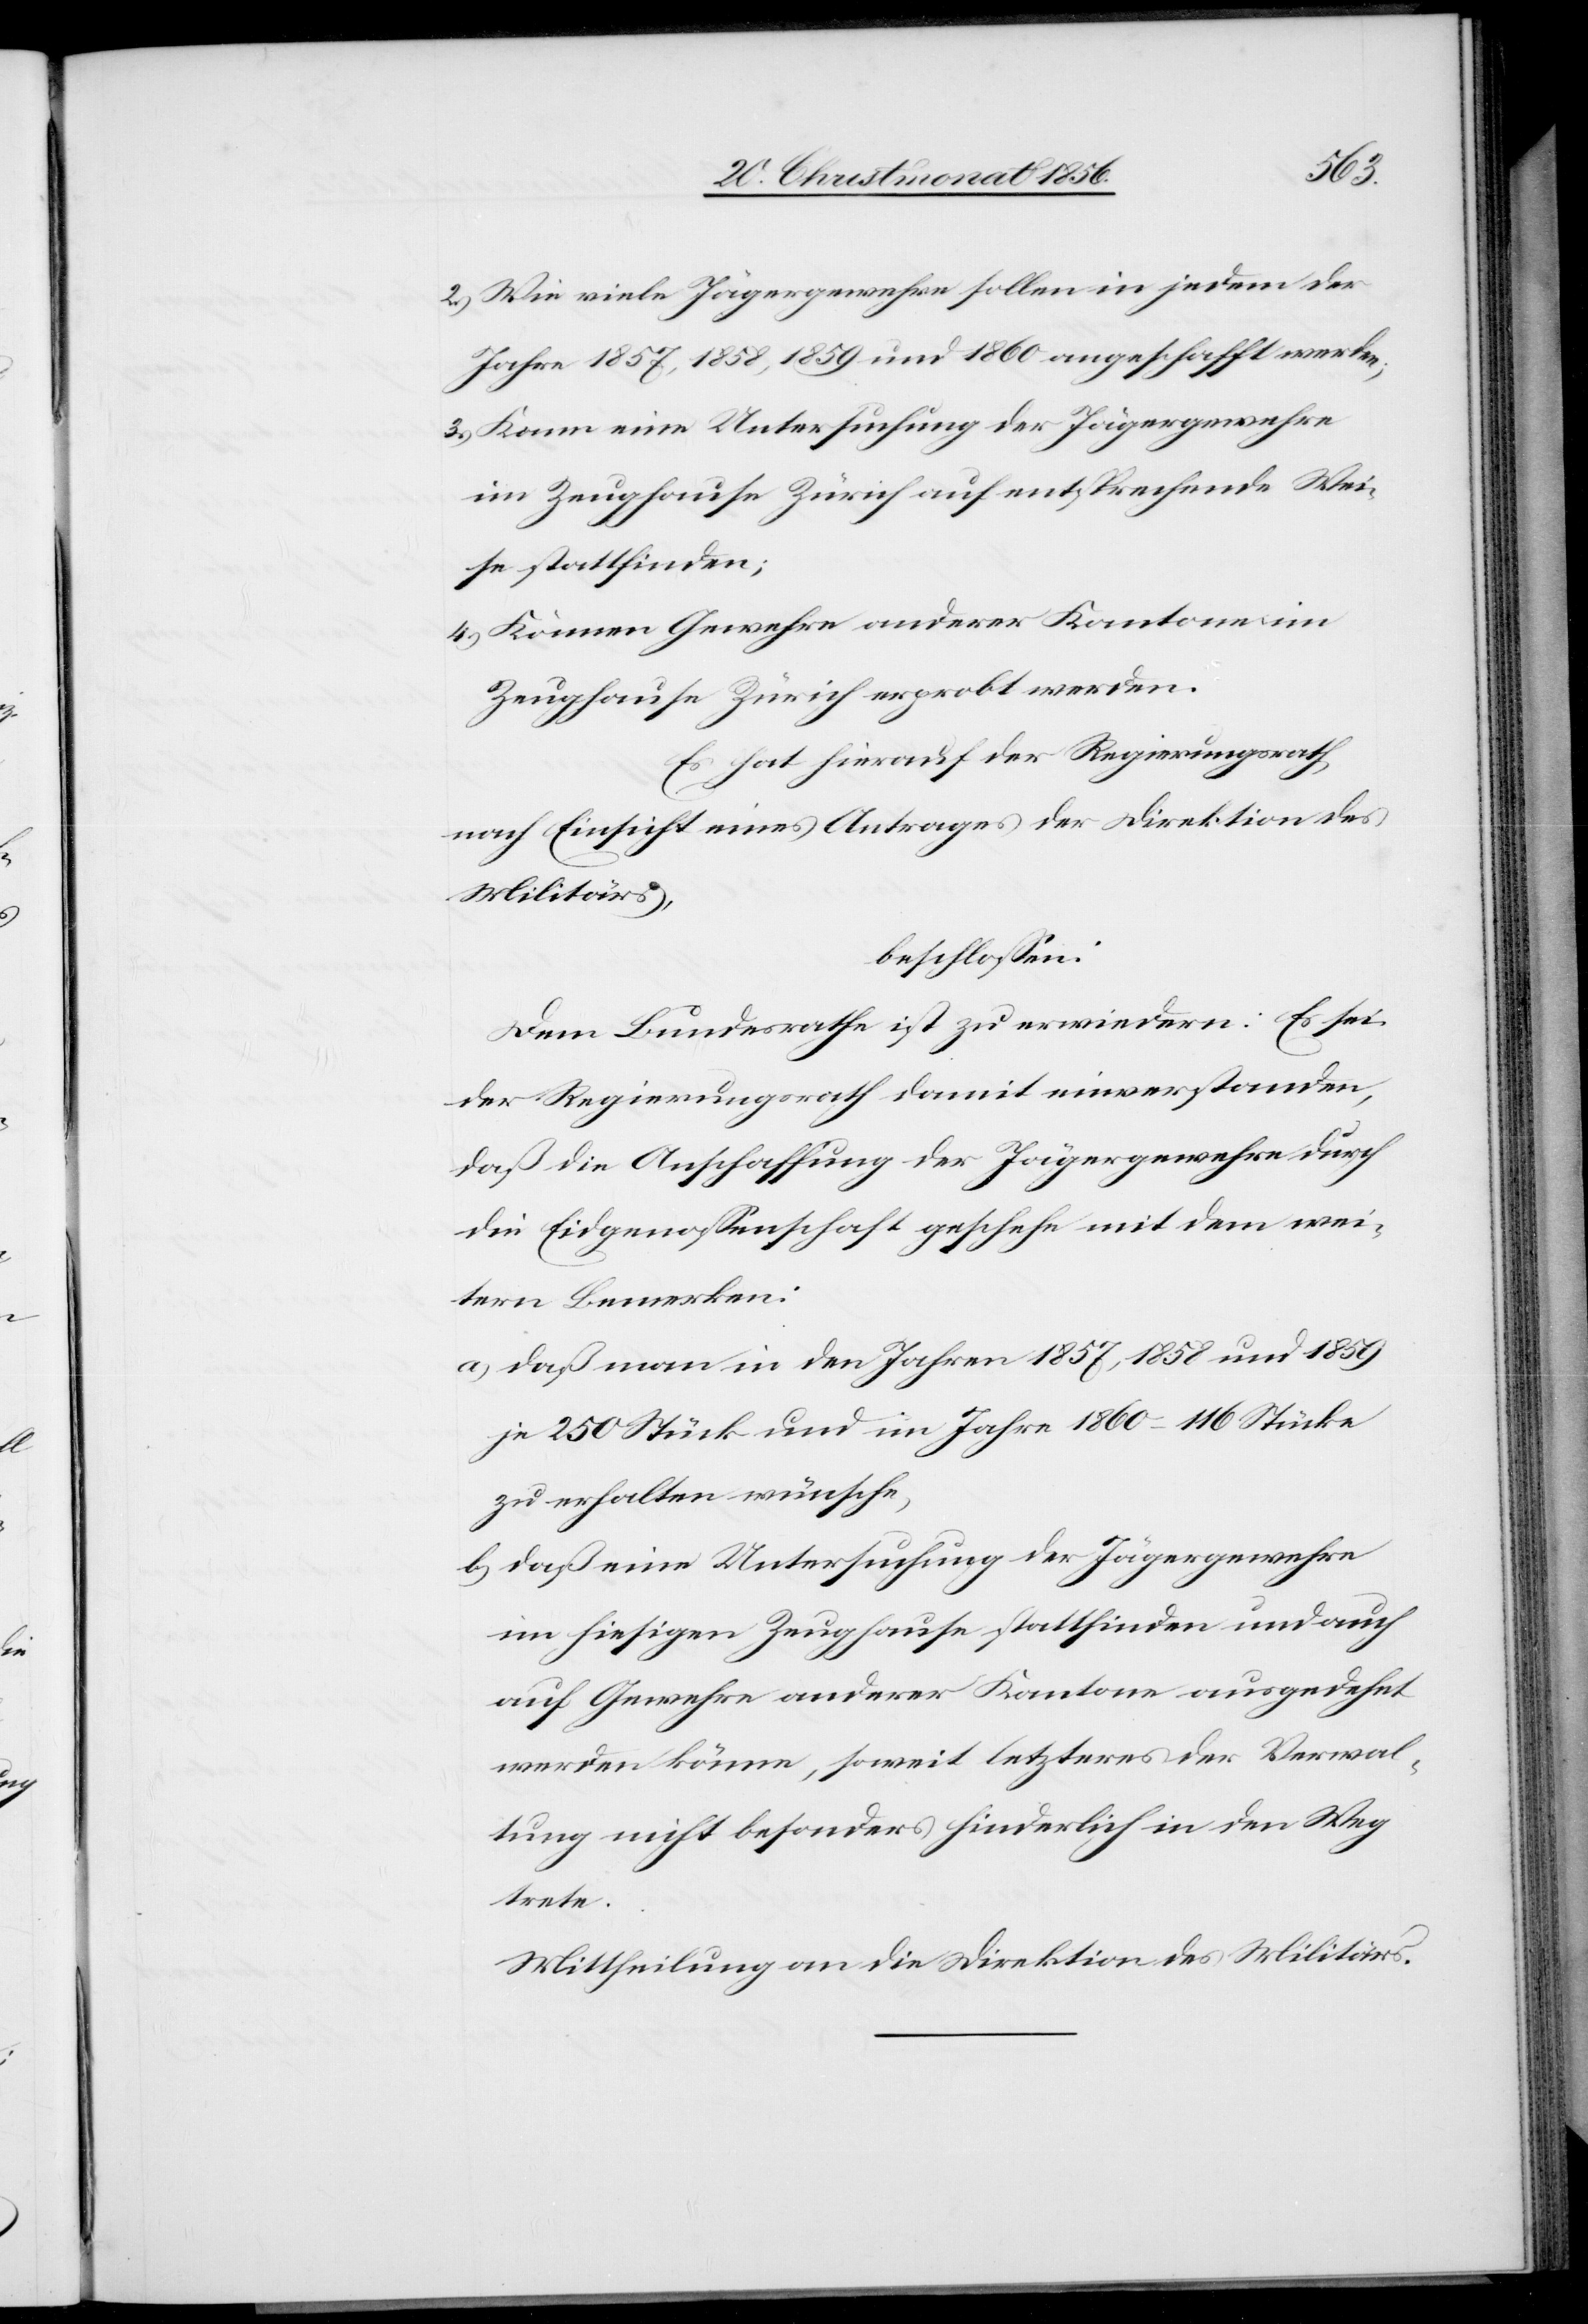
2.) Wie viele Jägergewehre sollen in jedem der
Jahre 1857, 1858, 1859 und 1860 angeschafft werden;
3.) Kann eine Untersuchung der Jägergewehre
im Zeughause Zürich auf entsprechende Wei¬
se stattfinden;
4.) Können Gewehre anderer Kantone im
Zeughause Zürich erprobt werden.
Es hat hierauf der Regierungsrath,
nach Einsicht eines Antrages der Direktion des
Militärs,
beschlossen:
Dem Bundesrathe ist zu erwiedern: Es sei
der Regierungsrath damit einverstanden,
daß die Anschaffung der Jägergewehre durch
die Eidgenossenschaft geschehe mit dem wei¬
tern Bemerken:
a) daß man in den Jahren 1857, 1858 und 1859
je 250 Stück und im Jahre 1860 – 116 Stücke
zu erhalten wünsche,
b) daß eine Untersuchung der Jägergewehre
im hiesigen Zeughause stattfinden und auch
auf Gewehre anderer Kantone ausgedehnt
werden könne, soweit letzteres der Verwal¬
tung nicht besonders hinderlich in den Weg
trete.
Mittheilung an die Direktion des Militärs.